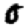
Digit: 0